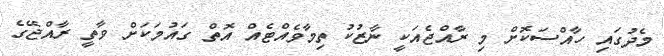
މެދުގައި ހާއްސަކޮށް މި ރާއްޖެއަކީ ނާޒުކު ތިމާވެއްޓެއް އޮތް ގައުމަކަށް ވާތީ ރާއްޖޭގެ